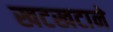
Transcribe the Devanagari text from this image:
खटखटाने